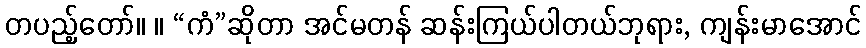
တပည့်တော်။ ။ “ကံ”ဆိုတာ အင်မတန် ဆန်းကြယ်ပါတယ်ဘုရား, ကျန်းမာအောင်